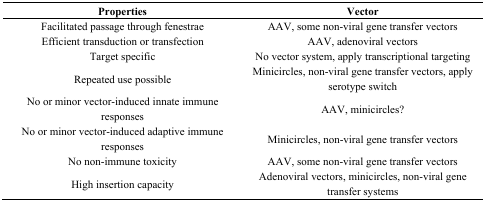
<table><thead><tr><td><b>Properties</b></td><td><b>Vector</b></td></tr></thead><tbody><tr><td>Facilitated passage through fenestrae </td><td>AAV, some non-viral gene transfer vectors</td></tr><tr><td>Efficient transduction or transfection </td><td>AAV, adenoviral vectors</td></tr><tr><td>Target specific</td><td>No vector system, apply transcriptional targeting</td></tr><tr><td>Repeated use possible</td><td>Minicircles, non-viral gene transfer vectors, apply serotype switch</td></tr><tr><td>No or minor vector-induced innate immune responses</td><td>AAV, minicircles?</td></tr><tr><td>No or minor vector-induced adaptive immune responses</td><td>Minicircles, non-viral gene transfer vectors</td></tr><tr><td>No non-immune toxicity</td><td>AAV, some non-viral gene transfer vectors</td></tr><tr><td>High insertion capacity</td><td>Adenoviral vectors, minicircles, non-viral gene transfer systems</td></tr></tbody></table>